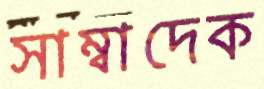
সাম্বাদেক